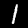
Label: 1